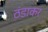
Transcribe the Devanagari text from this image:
ठंडाकर